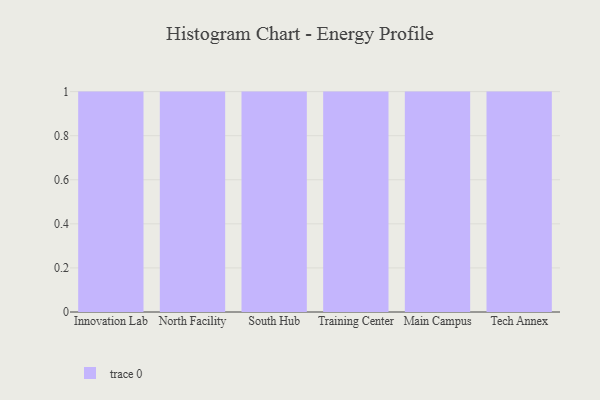
{"axis": {"x": "Campus", "y": "Revenue (USD Million)"}, "legend": [""], "data": [{"x": "Innovation Lab", "y": 47, "type": ""}, {"x": "North Facility", "y": 26, "type": ""}, {"x": "South Hub", "y": 18, "type": ""}, {"x": "Training Center", "y": 75, "type": ""}, {"x": "Main Campus", "y": 42, "type": ""}, {"x": "Tech Annex", "y": 92, "type": ""}]}